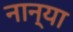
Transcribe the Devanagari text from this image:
नान्या